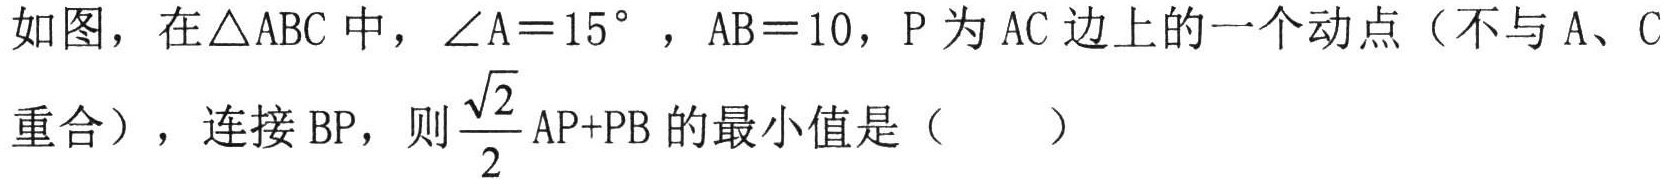
如图，在$\triangle ABC$中，$\angle A = 15^{\circ}$，$AB = 10$，$P$为$AC$边上的一个动点（不与$A$、$C$重合），连接$BP$，则$\dfrac{\sqrt{2}}{2}AP + PB$的最小值是（  ）